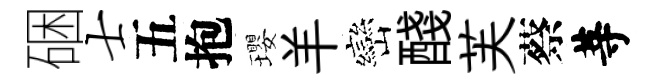
硱士五抱瓔羊巒醆芙蔡䓁